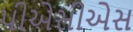
પીએસીએસ